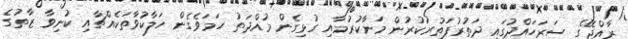
ރާއްޖޭގެ ސަރަހައްދުގައި ދަތުރުފަތުރުކުރުން މަނާކުރުމާއި ގުޅިގެން މުއްދަތު ހަމަވެގެން ހަލާކުވާތަކެއްޗާއި ކުނިވާ ޒާތުގެ